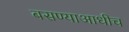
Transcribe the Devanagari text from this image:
बसण्याआधीच